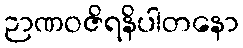
ဉာဏဝဇိရနိပါတနော